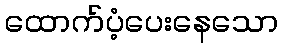
ထောက်ပံ့ပေးနေသော